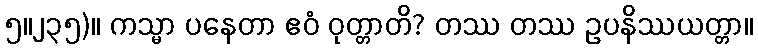
၅။၂၃၅)။ ကသ္မာ ပနေတာ ဧဝံ ဝုတ္တာတိ? တဿ တဿ ဥပနိဿယတ္တာ။